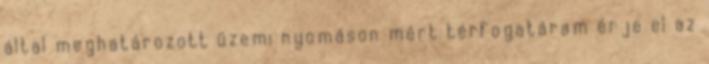
által meghatározott üzemi nyomáson mért térfogatáram érje el az